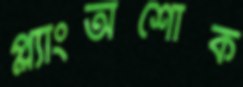
প্ল্যাংঅশোক